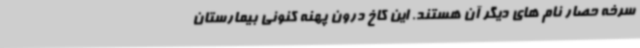
سرخه حصار نام های دیگر آن هستند. این کاخ درون پهنه کنونی بیمارستان